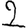
Digit: 2